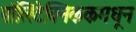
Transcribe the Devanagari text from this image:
पॉलिटेक्निककमधून